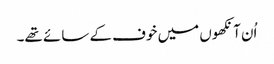
اُن آنکھوں میں خوف کے سائے تھے۔